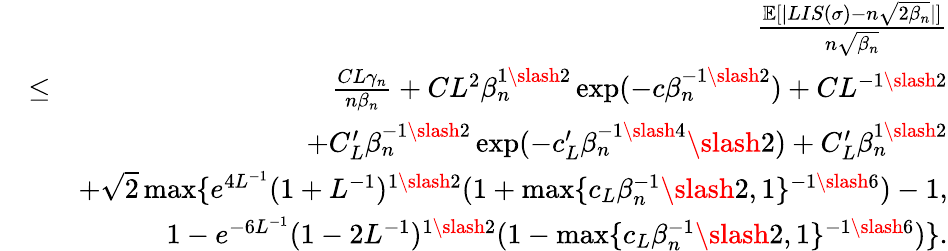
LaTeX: \begin{array}{rlr}&{}&{\frac{\mathbb{E}[|LIS(\sigma)-n\sqrt{2\beta_{n}}|]}{n\sqrt{\beta_{n}}}}\\ &{\leq}&{\frac{CL\gamma_{n}}{n\beta_{n}}+CL^{2}\beta_{n}^{1\slash 2}\exp(-c\beta_{n}^{-1\slash 2})+CL^{-1\slash 2}}\\ &{}&{+C_{L}^{\prime}\beta_{n}^{-1\slash 2}\exp(-c_{L}^{\prime}\beta_{n}^{-1\slash 4}\slash 2)+C_{L}^{\prime}\beta_{n}^{1\slash 2}}\\ &{}&{+\sqrt{2}\operatorname*{max}\{ e^{4L^{-1}}(1+L^{-1})^{1\slash 2}(1+\operatorname*{max}\{ c_{L}\beta_{n}^{-1}\slash 2,1\} ^{-1\slash 6})-1,}\\ &{}&{\quad\quad 1-e^{-6L^{-1}}(1-2L^{-1})^{1\slash 2}(1-\operatorname*{max}\{ c_{L}\beta_{n}^{-1}\slash 2,1\} ^{-1\slash 6})\} .}\end{array}